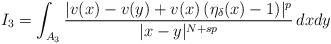
LaTeX: \begin{align*}I_3 = \int_{A_3} \frac{|v(x) - v(y) + v(x)\, (\eta_\delta(x) - 1)|^p}{|x - y|^{N+sp}}\, dx dy\end{align*}